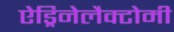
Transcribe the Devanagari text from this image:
ऐड्रिनेलैक्टोमी